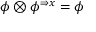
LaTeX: \phi \otimes \phi ^ { \Rightarrow x } = \phi